画像に写った文字を読んでください
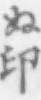
「ぬ印」と書いてあります